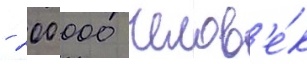
- 200 000 челов'е́к